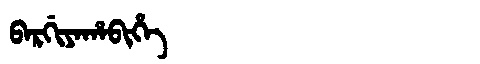
Manchu: ᠪᠠᡵᡤᡳᠶᠠᡥᠠᠪᡳᡥᡝ
Romanization: BARGIYAHABIHE